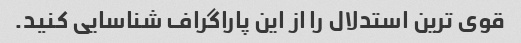
قوی ترین استدلال را از این پاراگراف شناسایی کنید.